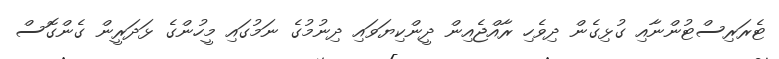
ޓެރަރިސްޓުންނާއި ގުޅިގެން ދިވެހި ރާއްޖެއިން ދީންކިޔަވައި ދިނުމުގެ ނަމުގައި މީހުންގެ ޅަދަރީން ގެންގޮސް